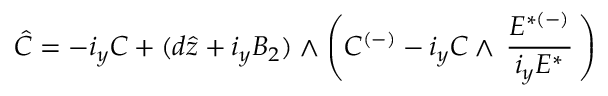
\hat { C } = - i _ { y } C + ( d \hat { z } + i _ { y } B _ { 2 } ) \wedge \left( C ^ { ( - ) } - i _ { y } C \wedge \, { \frac { { E } ^ { { * } ( - ) } } { i _ { y } { E } ^ { { * } } } } \, \right) \,